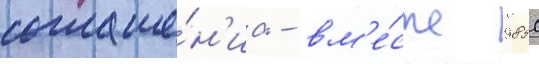
соглаше́н'иа - вм'е́сто 9850